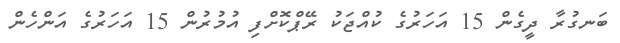
ބަނގުރާ ދީގެން 15 އަހަރުގެ ކުއްޖަކު ރޭޕްކޮށްފި އުމުރުން 15 އަހަރުގެ އަންހެން